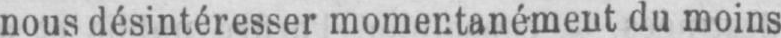
nous désintéresser momentanément du moins